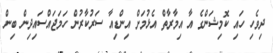
ދިވެހި ހައި ކޮމިޝަންގެ އާ އިމާރާތް އެޅުމަށް އިންޑިއާ ސަރުކާރުން ހަމަޖައްސައިދިން ބިން